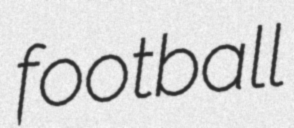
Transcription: football